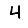
Digit: 4